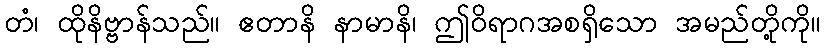
တံ၊ ထိုနိဗ္ဗာန်သည်။ ဧတာနိ နာမာနိ၊ ဤဝိရာဂအစရှိသော အမည်တို့ကို။